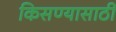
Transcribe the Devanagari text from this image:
किसण्यासाठी